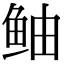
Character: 鲉